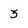
Character: 3